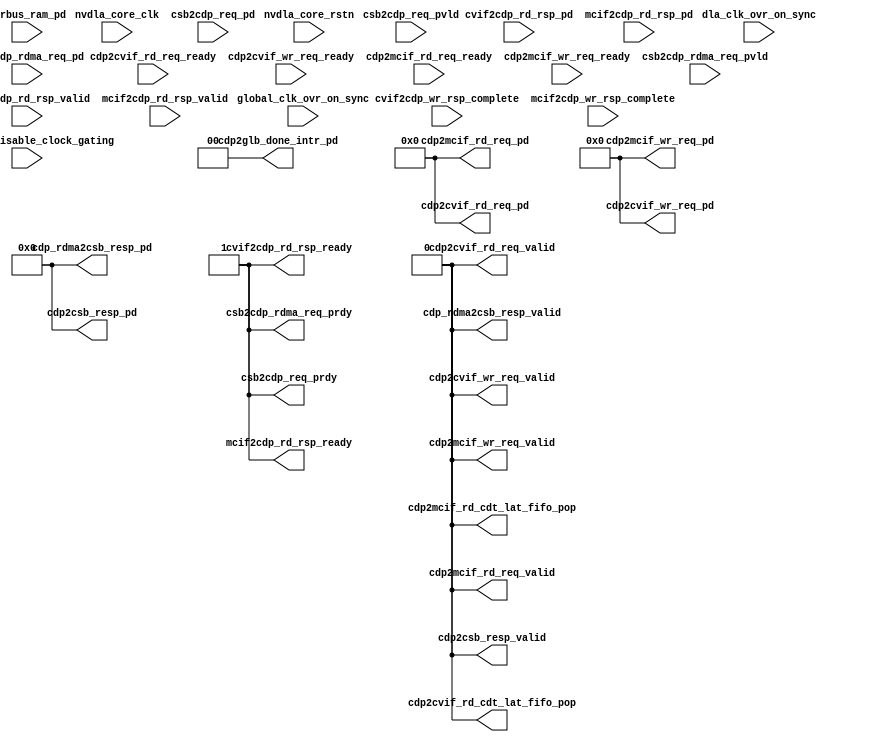
module NV_NVDLA_cdp (
   dla_clk_ovr_on_sync //|< i
  ,global_clk_ovr_on_sync //|< i
  ,tmc2slcg_disable_clock_gating //|< i
  ,nvdla_core_clk //|< i
  ,nvdla_core_rstn //|< i
  ,cdp2csb_resp_valid //|> o
  ,cdp2csb_resp_pd //|> o
  ,cdp2cvif_rd_cdt_lat_fifo_pop //|> o
  ,cdp2cvif_rd_req_valid //|> o
  ,cdp2cvif_rd_req_ready //|< i
  ,cdp2cvif_rd_req_pd //|> o
  ,cdp2cvif_wr_req_valid //|> o
  ,cdp2cvif_wr_req_ready //|< i
  ,cdp2cvif_wr_req_pd //|> o
  ,cdp2glb_done_intr_pd //|> o
  ,cdp2mcif_rd_cdt_lat_fifo_pop //|> o
  ,cdp2mcif_rd_req_valid //|> o
  ,cdp2mcif_rd_req_ready //|< i
  ,cdp2mcif_rd_req_pd //|> o
  ,cdp2mcif_wr_req_valid //|> o
  ,cdp2mcif_wr_req_ready //|< i
  ,cdp2mcif_wr_req_pd //|> o
  ,cdp_rdma2csb_resp_valid //|> o
  ,cdp_rdma2csb_resp_pd //|> o
  ,csb2cdp_rdma_req_pvld //|< i
  ,csb2cdp_rdma_req_prdy //|> o
  ,csb2cdp_rdma_req_pd //|< i
  ,csb2cdp_req_pvld //|< i
  ,csb2cdp_req_prdy //|> o
  ,csb2cdp_req_pd //|< i
  ,cvif2cdp_rd_rsp_valid //|< i
  ,cvif2cdp_rd_rsp_ready //|> o
  ,cvif2cdp_rd_rsp_pd //|< i
  ,cvif2cdp_wr_rsp_complete //|< i
  ,mcif2cdp_rd_rsp_valid //|< i
  ,mcif2cdp_rd_rsp_ready //|> o
  ,mcif2cdp_rd_rsp_pd //|< i
  ,mcif2cdp_wr_rsp_complete //|< i
  ,pwrbus_ram_pd //|< i
  );
//////////////////////////////////////////////////////////////////
input dla_clk_ovr_on_sync;
input global_clk_ovr_on_sync;
input tmc2slcg_disable_clock_gating;
//
// NV_NVDLA_cdp_ports.v
//
 input nvdla_core_clk;
 input nvdla_core_rstn;
 output cdp2csb_resp_valid; /* data valid */
 output [33:0] cdp2csb_resp_pd; /* pkt_id_width=1 pkt_widths=33,33  */
 output cdp2cvif_rd_cdt_lat_fifo_pop;
 output cdp2cvif_rd_req_valid; /* data valid */
 input cdp2cvif_rd_req_ready; /* data return handshake */
 output [79 -1:0] cdp2cvif_rd_req_pd;
 output cdp2cvif_wr_req_valid; /* data valid */
 input cdp2cvif_wr_req_ready; /* data return handshake */
 output [258 -1:0] cdp2cvif_wr_req_pd; /* pkt_id_width=1 pkt_widths=78,514  */
 output [1:0] cdp2glb_done_intr_pd;
 output cdp2mcif_rd_cdt_lat_fifo_pop;
 output cdp2mcif_rd_req_valid; /* data valid */
 input cdp2mcif_rd_req_ready; /* data return handshake */
 output [79 -1:0] cdp2mcif_rd_req_pd;
 output cdp2mcif_wr_req_valid; /* data valid */
 input cdp2mcif_wr_req_ready; /* data return handshake */
 output [258 -1:0] cdp2mcif_wr_req_pd; /* pkt_id_width=1 pkt_widths=78,514  */
 output cdp_rdma2csb_resp_valid; /* data valid */
 output [33:0] cdp_rdma2csb_resp_pd; /* pkt_id_width=1 pkt_widths=33,33  */
 input csb2cdp_rdma_req_pvld; /* data valid */
 output csb2cdp_rdma_req_prdy; /* data return handshake */
 input [62:0] csb2cdp_rdma_req_pd;
 input csb2cdp_req_pvld; /* data valid */
 output csb2cdp_req_prdy; /* data return handshake */
 input [62:0] csb2cdp_req_pd;
 input cvif2cdp_rd_rsp_valid; /* data valid */
 output cvif2cdp_rd_rsp_ready; /* data return handshake */
 input [257 -1:0] cvif2cdp_rd_rsp_pd;
 input cvif2cdp_wr_rsp_complete;
 input mcif2cdp_rd_rsp_valid; /* data valid */
 output mcif2cdp_rd_rsp_ready; /* data return handshake */
 input [257 -1:0] mcif2cdp_rd_rsp_pd;
 input mcif2cdp_wr_rsp_complete;
 input [31:0] pwrbus_ram_pd;
//
//
//////////////////////////////////////////////////////////////////
assign csb2cdp_req_prdy             =   1'b1; /* data return handshake */
assign cdp2csb_resp_valid           =   1'b0; /* data valid */
assign cdp2csb_resp_pd              =  34'd0; /* pkt_id_width=1 pkt_widths=33,33  */

assign csb2cdp_rdma_req_prdy        =   1'b1; /* data return handshake */
assign cdp_rdma2csb_resp_valid      =   1'd0; /* data valid */
assign cdp_rdma2csb_resp_pd         =  34'd0; /* pkt_id_width=1 pkt_widths=33,33  */

assign cvif2cdp_rd_rsp_ready        =   1'b1; /* data return handshake */
assign cdp2cvif_rd_cdt_lat_fifo_pop =   1'b0;
assign cdp2cvif_rd_req_valid        =   1'b0; /* data valid */
assign cdp2cvif_rd_req_pd           =  79'd0;
assign cdp2cvif_wr_req_valid        =   1'd0; /* data valid */
assign cdp2cvif_wr_req_pd           = 258'd0; /* pkt_id_width=1 pkt_widths=78,514  */

assign cdp2glb_done_intr_pd         =   2'd0;

assign mcif2cdp_rd_rsp_ready        =   1'b1; /* data return handshake */
assign cdp2mcif_rd_cdt_lat_fifo_pop =   1'b0;
assign cdp2mcif_rd_req_valid        =   1'd0; /* data valid */
assign cdp2mcif_rd_req_pd           =  79'd0;
assign cdp2mcif_wr_req_valid        =   1'd0; /* data valid */
assign cdp2mcif_wr_req_pd           = 258'd0; /* pkt_id_width=1 pkt_widths=78,514  */
//////////////////////////////////////////////////////////////////
//
//
endmodule